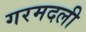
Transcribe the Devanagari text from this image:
गरमदली